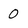
Character: 0